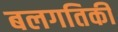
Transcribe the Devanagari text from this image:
बलगतिकी